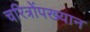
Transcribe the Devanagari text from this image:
चरित्रोंपख्यान